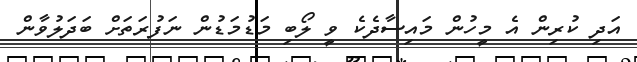
އަދި ކުރިން އެ މީހުން މައިސާދެކެ ވީ ލޯބި މަޑުމަޑުން ނަފުރަތަށް ބަދަލުވާން